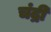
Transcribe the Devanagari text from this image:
चंद्री